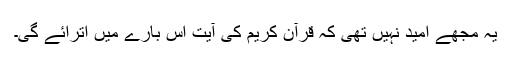
یہ مجھے امید نہیں تھی کہ قرآن کریم کی آیت اس بارے میں اترآئے گی۔